Indian journal of veterinary science and animal husbandry - Volumes 22-23, 1952-1953
Year: 1952
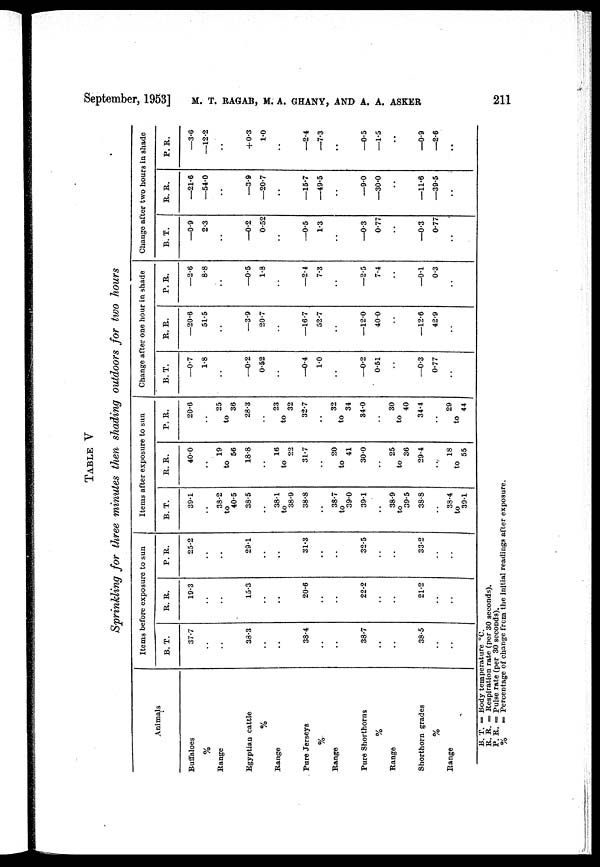
September, 1953] M.T. RAGAB, M.A. GHANY, AND A. A. ASKER 211
TABLE V
Sprinkling for three minutes then shading outdoors for two hours
Animals
Buffaloes
%
Range
Egyptian cattle
%
Range
Pure Jerseys
%
Range
Pure Shorthorns
%
Range
Shorthorn grades
%
Range
Items before exposure to sun
B. T.
37.7
..
..
33.3
..
..
38.4
..
..
38.7
..
..
38.5
..
..
R. R.
19.3
..
..
15.3
..
..
20.6
..
..
22.2
..
..
21.2
..
..
P. R.
25.2
..
..
29.1
..
..
31.3
..
..
32.5
..
..
33.2
..
..
Items after exposure to sun
B. T.
39.1
..
38.2
to
40.5
38.5
..
38.1
to
38.9
38.8
..
38.7
to
39.0
39.1
..
38.9
to
39.5
38.8
..
38.4
to
39.1
R. R.
40.0
..
19
to
56
18.8
..
16
to
22
31.7
..
20
to
41
30.0
..
25
to
36
29.4
..
18
to
55
P. R.
20.6
..
25
to
36
28.3
..
23
to
32
32.7
..
32
to
34
34.0
..
30
to
40
34.4
..
29
to
44
Change after one hour in shade
B. T.
—0.7
1.8
..
—0.2
0.52
..
—0.4
1.0
..
—0.2
0.51
..
—0.3
0.77
..
R. R.
—20.6
51.5
..
—3.9
20.7
..
—16.7
52.7
..
—12.0
40.0
..
—12.6
42.9
..
P. R.
—2.6
8.8
..
—0.5
1.8
..
—2.4
7.3
..
—2.5
7.4
..
—0.1
0.3
..
Change after two hours in shade
B. T.
—0.9
2.3
..
—0.2
0.52
..
—0.5
1.3
..
—0.3
0.77
..
—0.3
0.77
..
R. R.
—21.6
—54.0
..
—3.9
—20.7
..
—15.7
—49.5
..
—9.0
—30.0
..
—11.6
—39.5
..
P. R.
—3.6
—12.2
..
+ 0.3
1.0
..
—2.4
—7.3
..
—0.5
—1.5
..
—0.9
—2.6
..
B. T. = Body temperature °C.
R. R. = Respiration rate (per 30 seconds).
P. R. = Pulse rate (per 30 seconds).
%
= Percentage of change from the initial readings after exposure.